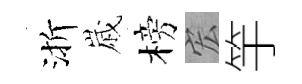
渐𡻕榜宏竽